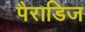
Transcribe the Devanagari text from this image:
पैराडिज